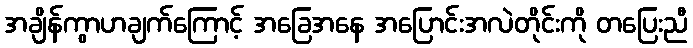
အချိန်ကွာဟချက်ကြောင့် အခြေအနေ အပြောင်းအလဲတိုင်းကို တပြေးညီ